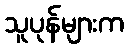
သူပုန်များက